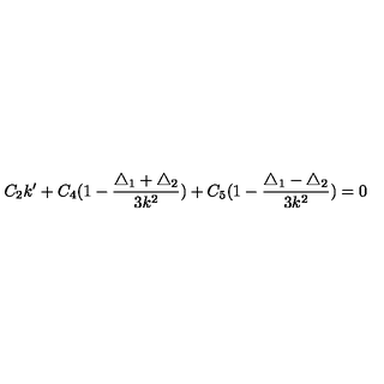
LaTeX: C _ { 2 } k ^ { \prime } + C _ { 4 } ( 1 - \frac { \triangle _ { 1 } + \triangle _ { 2 } } { 3 k ^ { 2 } } ) + C _ { 5 } ( 1 - \frac { \triangle _ { 1 } - \triangle _ { 2 } } { 3 k ^ { 2 } } ) = 0